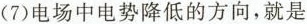
(7)电场中电势降低的方向，就是